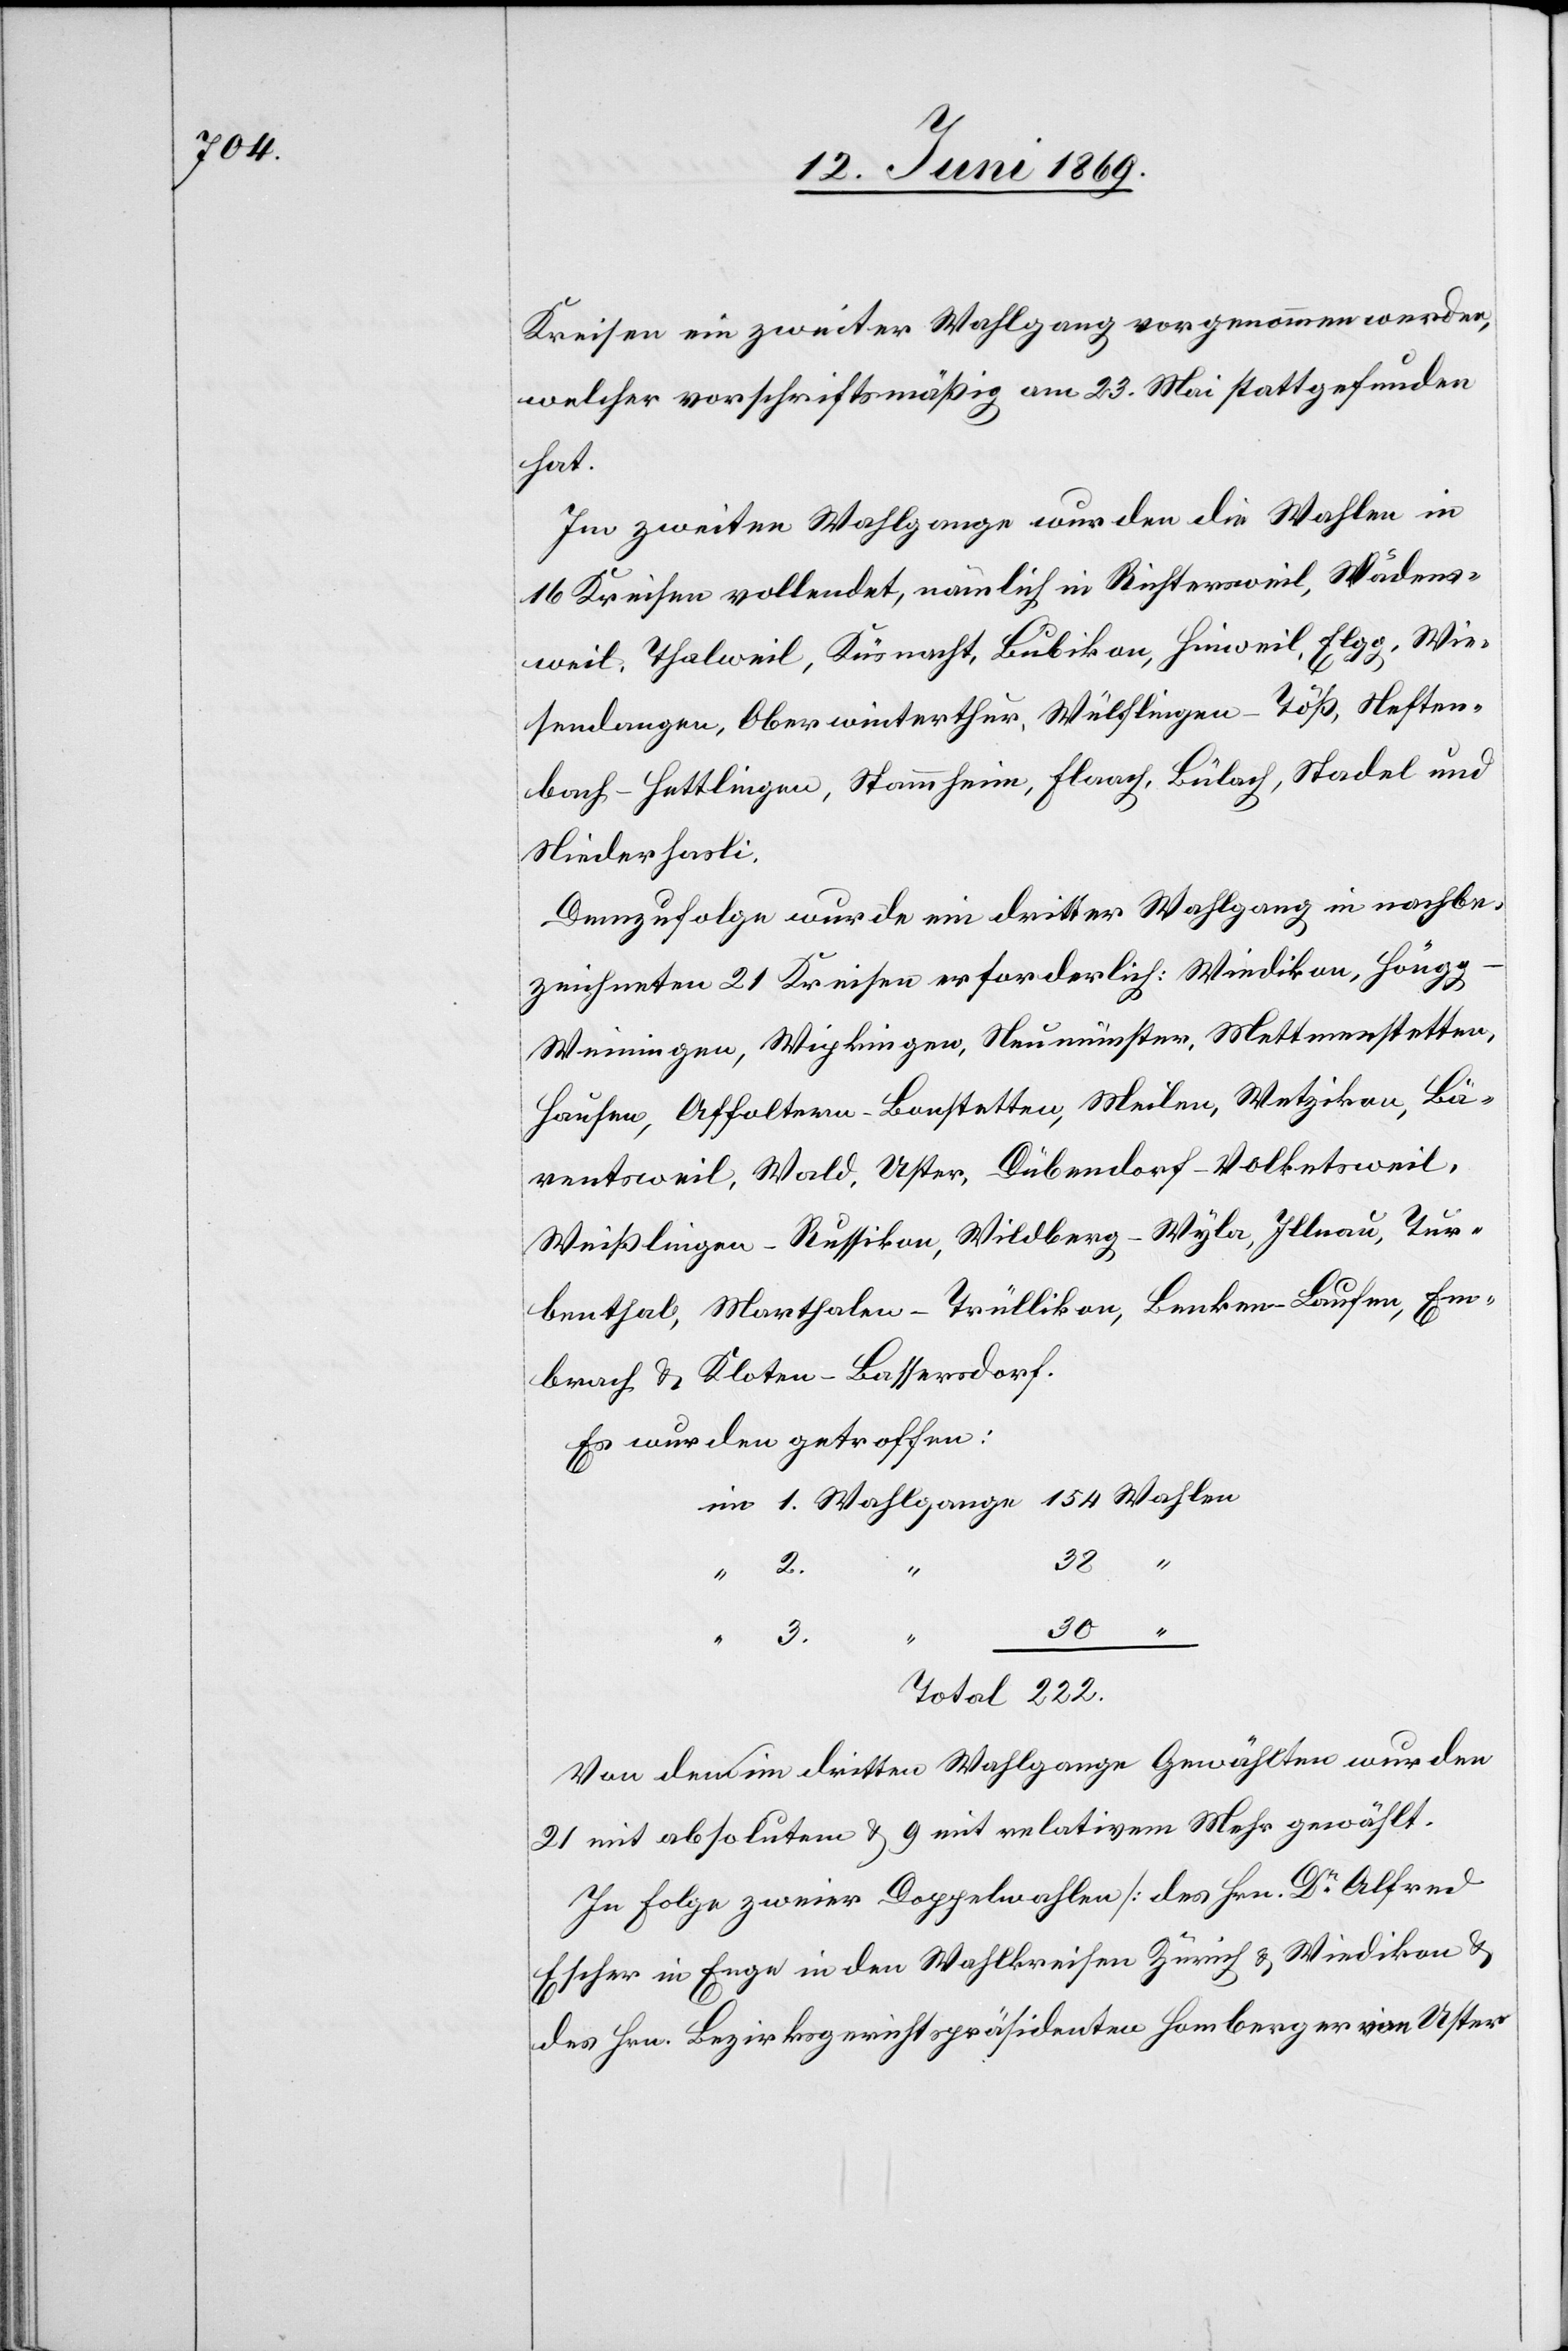
Kreisen in zweiter Wahlgang vorgenommen werden,
welcher vorschriftsmäßig am 23. Mai stattgefunden
hat.
Im zweiten Wahlgange wurden die Wahlen in
16 Kreisen vollendet, nämlich in Richtersweil, Wädens¬
weil, Thalweil, Küsnacht, Bubikon, Hinweil, Elgg, Wie¬
sendangen, Oberwinterthur, Wülflingen-Töß, Neften¬
bach-Hettlingen, Stammheim, Flaach, Bülach, Stadel und
Niederhasli.
Demzufolge wurde ein dritter Wahlgang in nachbe¬
zeichneten 21 Kreisen erforderlich: Wiedikon, Höng¬
g-Weiningen, Wipkingen, Neumünster, Mettmenstetten,
Hausen, Affoltern-Bonstetten, Meilen, Wetzikon, Bä¬
rentsweil, Wald, Uster, Dübendorf-Volkentsweil,
Weißlingen-Russikon, Wildberg-Wyla, Illnau, Tur¬
benthal, Marthalen-Trüllikon, Benken-Laufen, Em¬
brach u. Kloten-Bassersdorf.
Es wurden getroffen:
im 1. Wahlgange 154 Wahlen
30 “
Total	 222.
Von dem im dritten Wahlgange Gewählten wurden
21 mit absolutem u. 9 mit relativem Mehr gewählt.
In Folge zweier Doppelwahlen [des Hrn. Dr Alfred
Escher in Enge in den Wahlkreisen Zürich u. Wiedikon u.
des Hrn. Bezirksgerichtspräsidenten Homberger in Uster